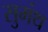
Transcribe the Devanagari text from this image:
सुमंथ